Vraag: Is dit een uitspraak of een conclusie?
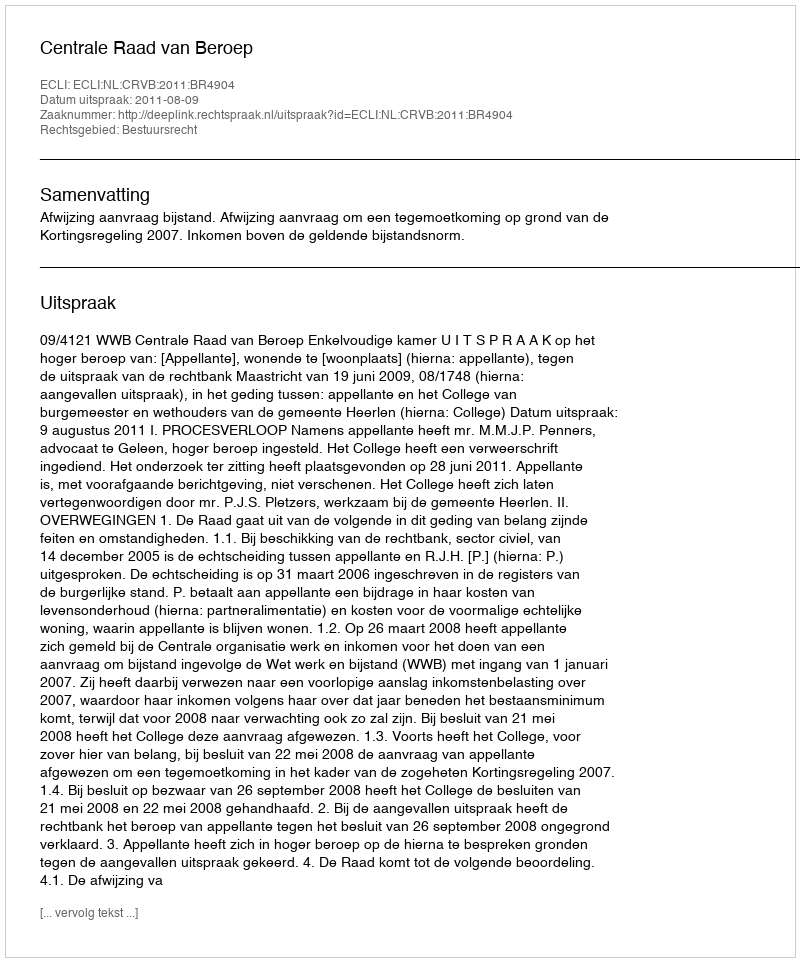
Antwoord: Uitspraak